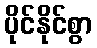
ပိုင်နိုင်စွာ